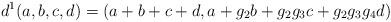
LaTeX: \begin{align*}d^1(a,b,c,d)=(a+b+c+d,a+g_2b+g_2g_3c+g_2g_3g_4d)\end{align*}